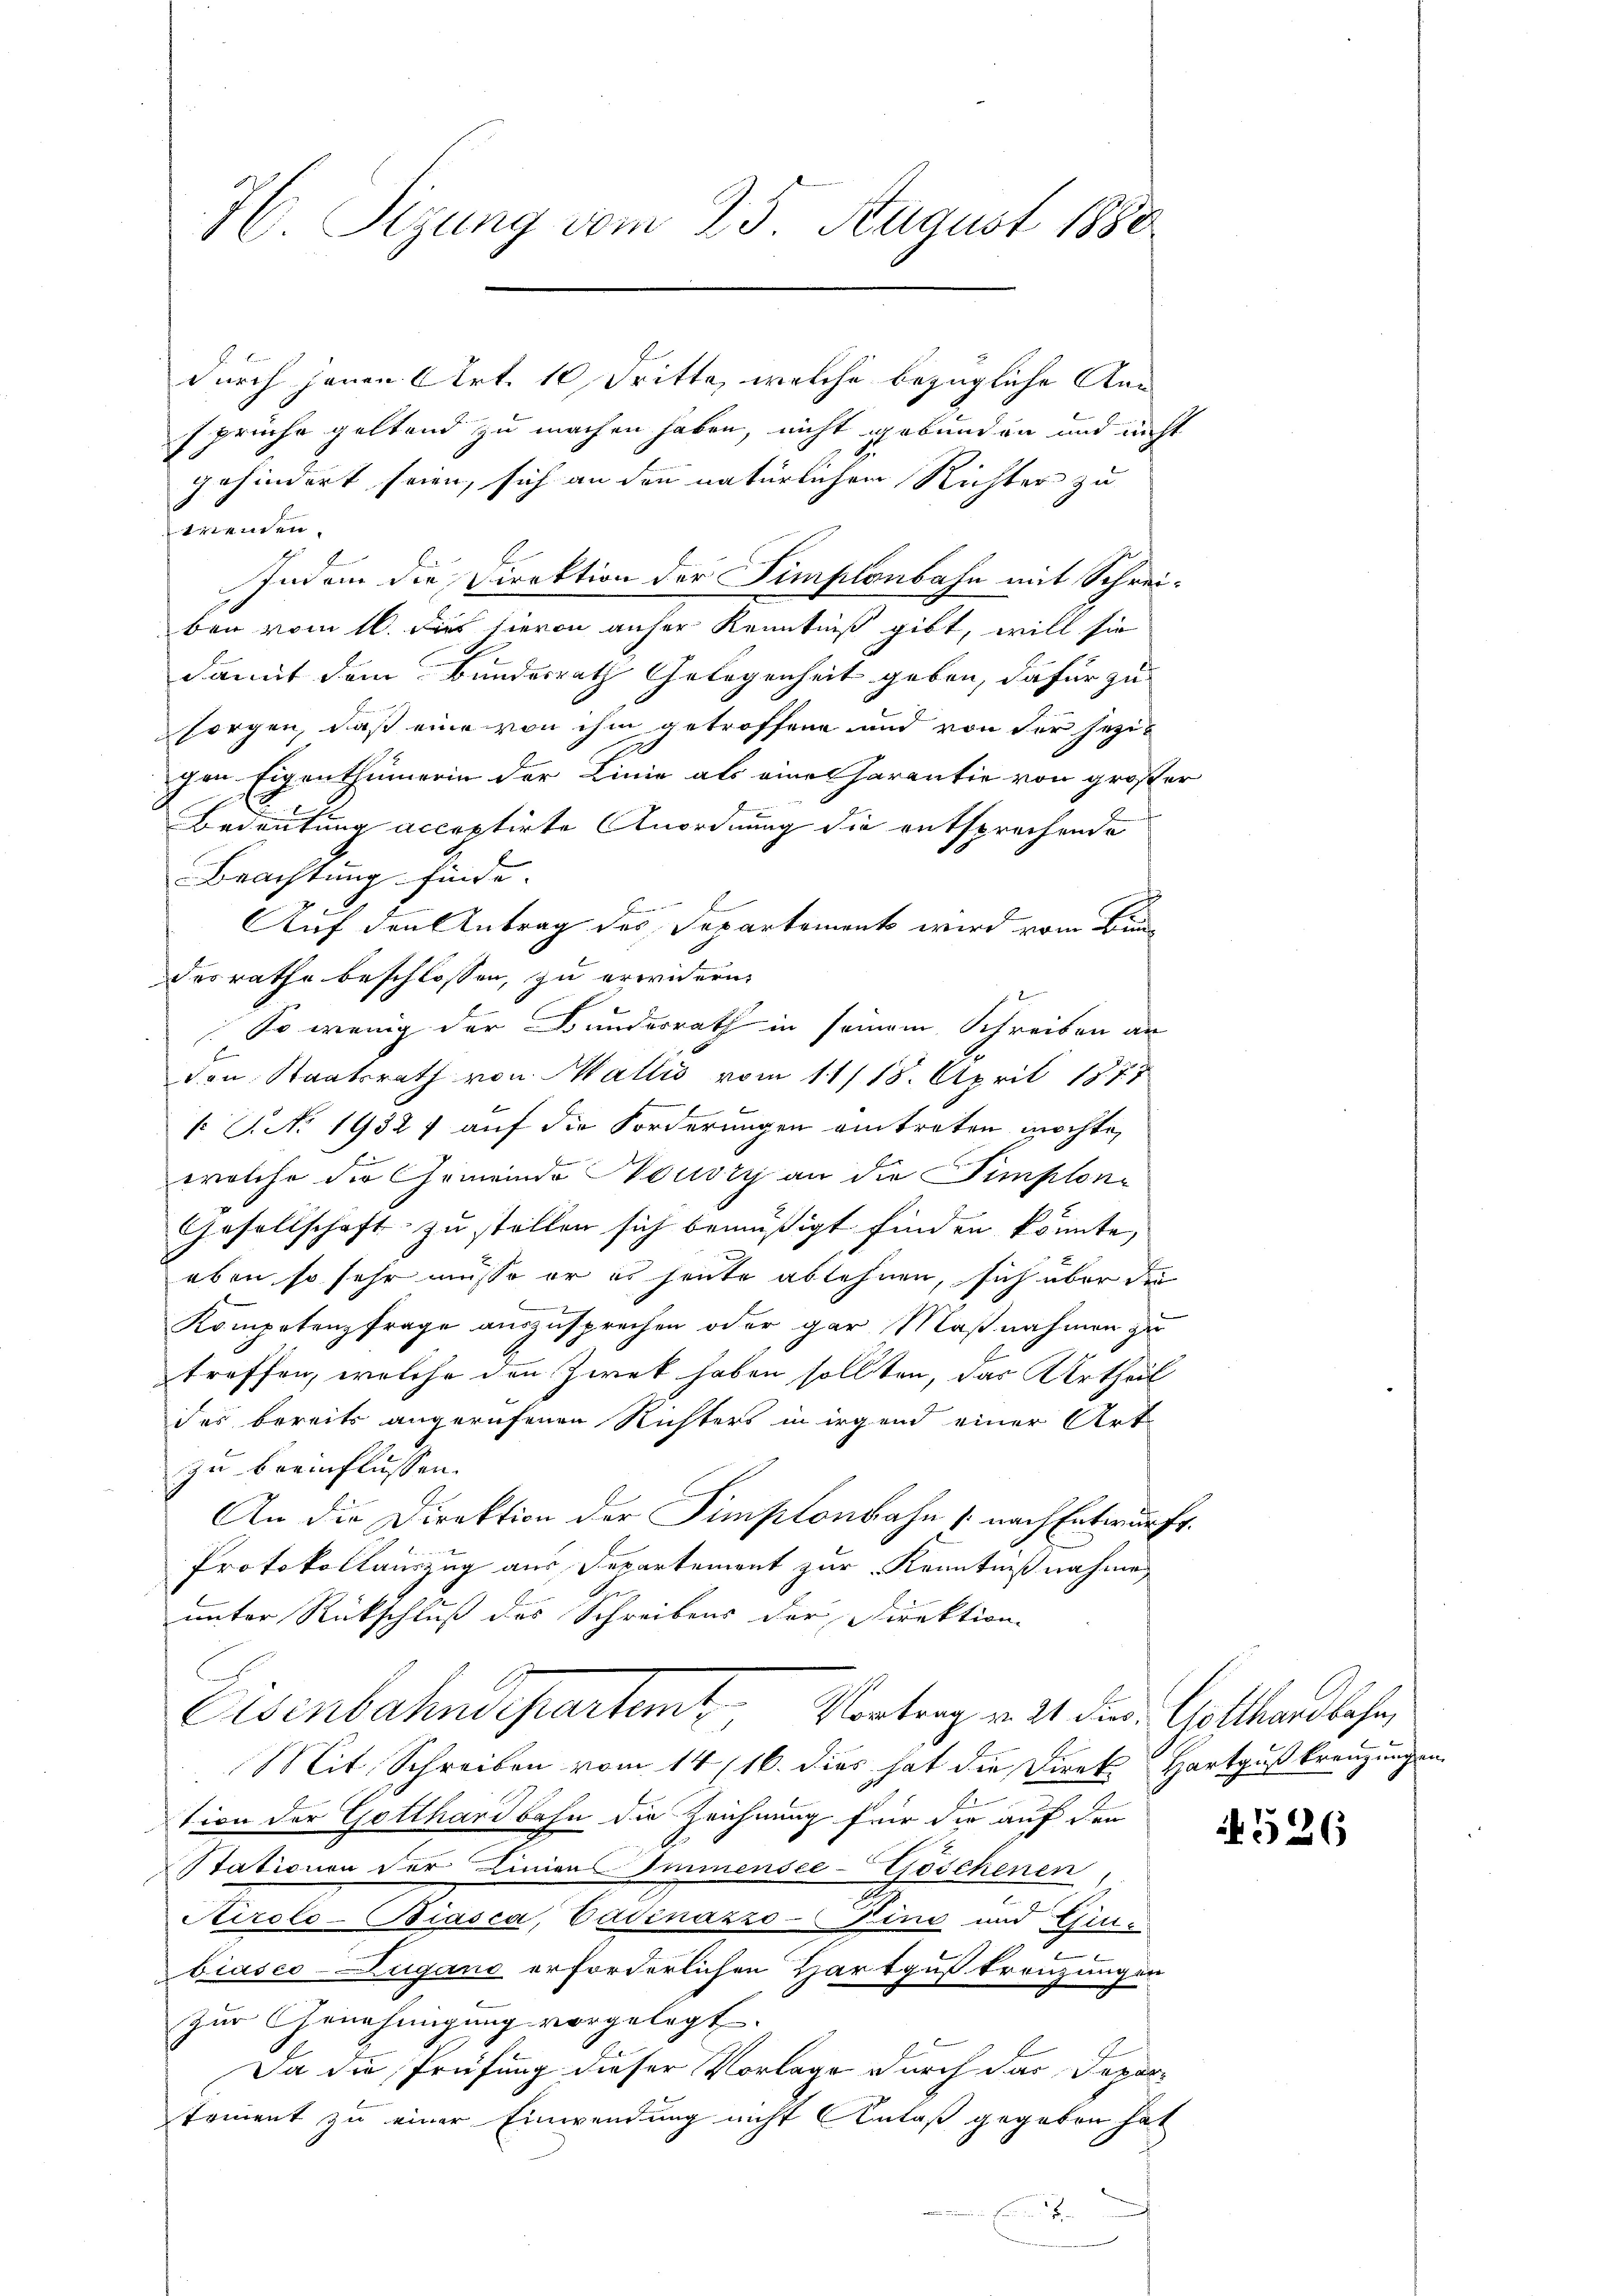
H Sizung vom 25. August 1880

durch jenen Art. 10 Fritte, welche bezügliche Ansprüche geltend zu machen haben, nicht gebunden und nicht
gehindert seien, sich an den natürlichen Richter zu
trenden.
Indem die Direktion der Simplenbahn mit Schreiben vom 16. dies hievon anher Kenntniß gibt, will sie
damit dem Bundesrath Gelegenheit geben, dafür zu
sorgen, daß eine von ihm getroffene und von der jezichen Eigenthümerin der Linie als eine Parantie von großer
Bedeutung acceptirte Anordnung die entsprechende
Beachtung finde.
Auf den Antrag des Separtement wird vom Bundesrathe beschlossen, zu erwidern,
So wenig der Bunderrath in seinem Schreiben an
Den Staatsrath von Wallis vom 11/18. April 1877
l
f No 1932) auf die Forderungen eintreten möchte,
welche die Gemeinde Nouvry an die Simplon¬
Gesellschaft zu stellen sich bemüßigt finden könnte,
eben so sehr müsse er es heute ablehnen, sich über der
Kompetenzfrage auszusprechen oder gar Maßnahmen zu
troffen, welche den Zwek haben sollten, das Urtheil
des bereits angerufenen Richters in irgend einer Art
zu beeinflüssen.
An die Direktion der Simplonbahn (nach Entwurfs.
Protokollauszug aus Departement zur Kenntnißnahme
unter Rückschluß des Schreibens der Direktion
Eisenbahndepartemt. Vortrag v. 21. der Gotthardbahn,
Mit Schreiben vom 14/16. dies hat die Direk Hartgußkreuzungen.
tion der Gotthardbahn die Zeichnung für die auf den
Stationen der Liniens Immensee-Göschenen
Kiroko-Biasca, Badenazzo-Kind und Ein-
biasco-Lugano erforderlichen Hartguß trenzungen
zur Genehmigung vorgelegt.
Da die Prüfung dieser Vorlage durch das Departoment zu einer Einwendung nicht Anlaß gegeben hat
F

526